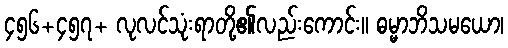
၄၅၆+၄၅၇+ လုလင်သုံးရာတို့၏လည်းကောင်း။ ဓမ္မာဘိသမယော၊